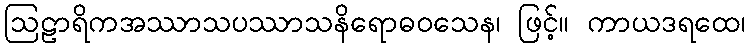
ဩဠာရိကအဿာသပဿာသနိရောဓဝသေန၊ ဖြင့်။ ကာယဒရထေ၊